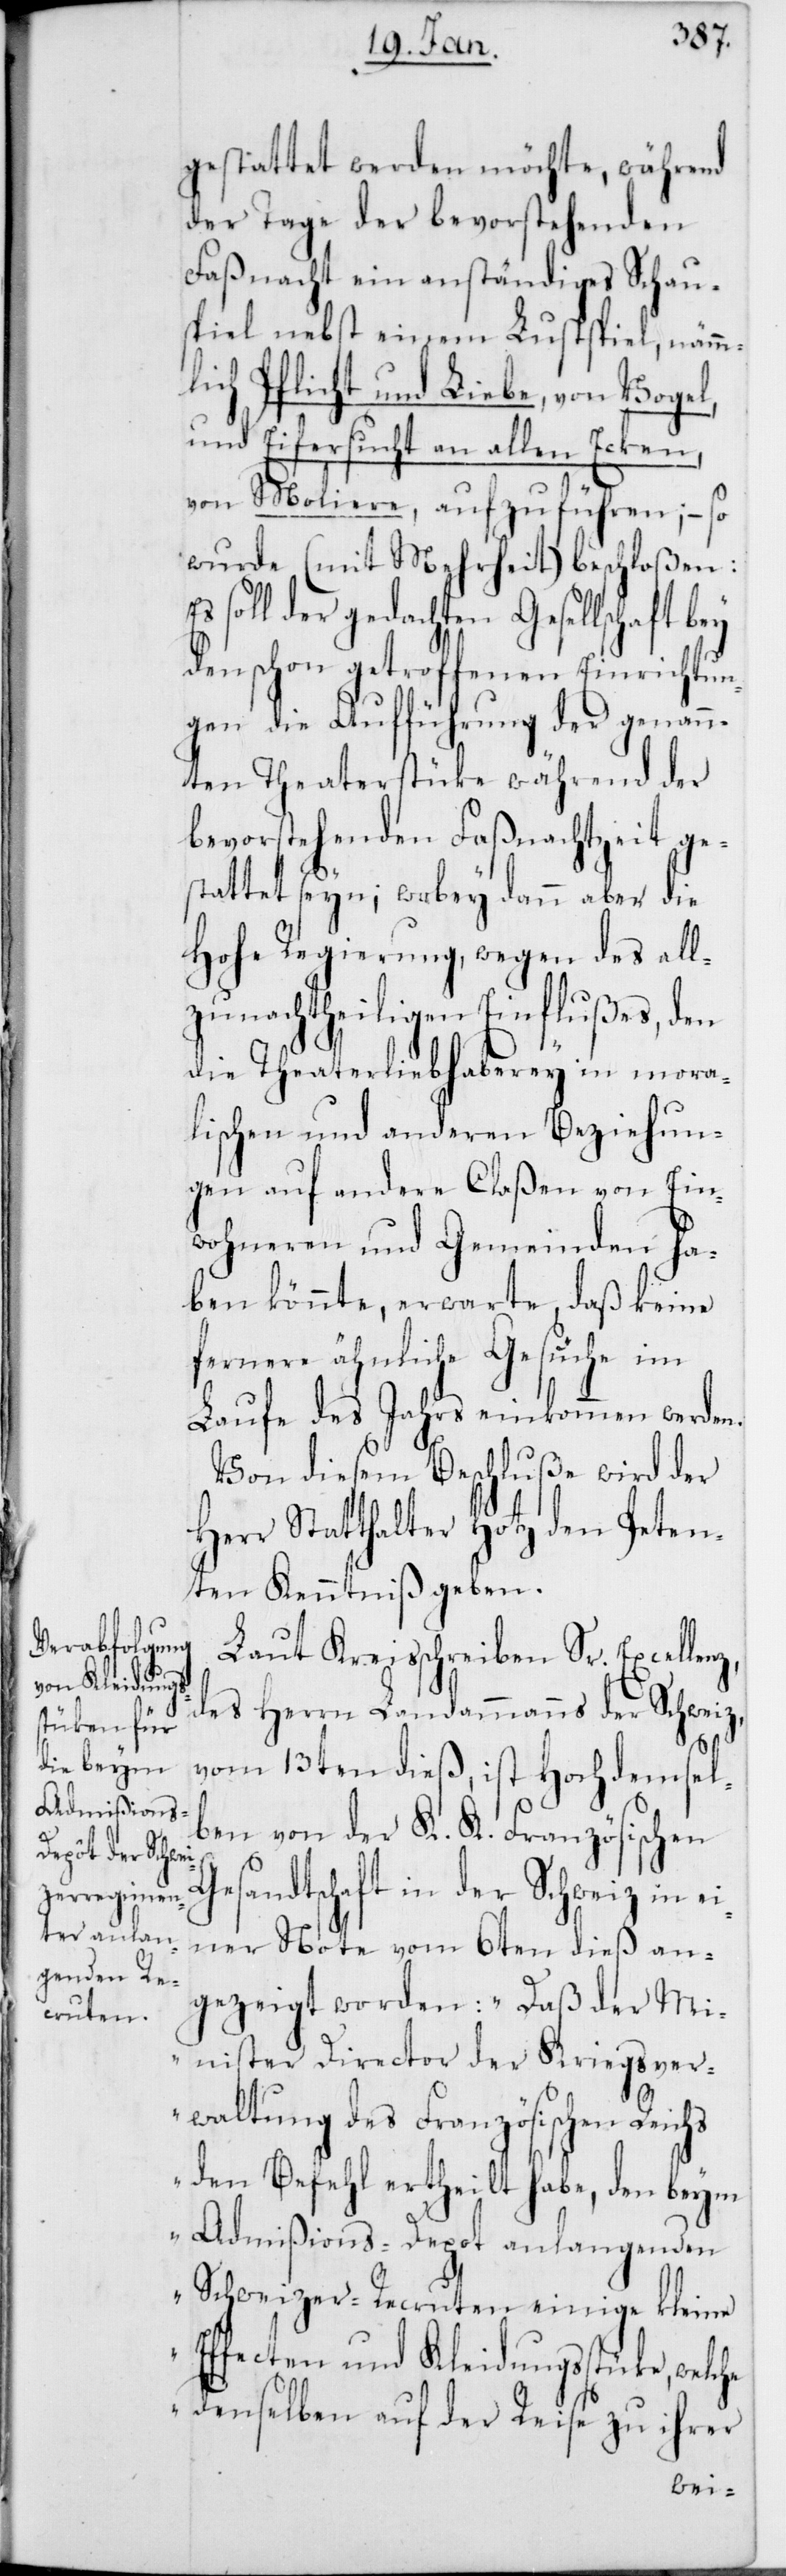
z,
gestattet werden möchte, während
der Tage der bevorstehenden
Faßnacht ein anständiges Schau¬
spiel nebst einem Lustspiel, nämm¬
lich Pflicht und Liebe, von Vogel,
und Eifersucht an allen Ecken,
von Moliere, aufzuführen; – so
wurde (mit Mehrheit) beschloßen:
Es soll der gedachten Gesellschaft bey
den schon getroffenen Einrichtun¬
gen die Aufführung der genann¬
ten Theaterstücke während der
bevorstehenden Faßnachtszeit ge¬
stattet seyn; wobey dann aber die
Hohe Regierung, wegen des all¬
zu nachtheiligen Einflußes, den
die Theaterliebhaberey in mora¬
lischen und anderen Beziehun¬
gen auf andere Claßen von Ein¬
wohneren und Gemeinden ha¬
ben könnte, erwarte, daß keine
fernere ähnliche Gesuche im
Laufe des Jahrs einkommen werden.
Von diesem Beschluß wird der
Herr Statthalter Hotz den Peten¬
ten Kenntniß geben.
Laut Kreisschreiben Sr. Excellen¬
des Herrn Landammann der Schweiz,
vom 13ten dieß, ist Hochdemsel¬
ben von der K. K. Französischen
Gesandtschaft in der Schweiz in ei¬
ner Note vom 6ten dieß an¬
gezeigt worden: „Daß der Mi¬
nister Director der Kriegsver¬
waltung des Französischen Reichs
den Befehl ertheilt habe, den beym
Admißions-Depot anlangenden
Schweizer-Recruten einige kleine
Effecten und Kleidungsstücke, welche
denselben auf der Reise zu ihrer